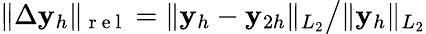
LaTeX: \| \Delta\mathbf{y}_{h}\| _{\mathrm{{~r~e~l~}}}={\| \mathbf{y}_{h}-\mathbf{y}_{2h}\| _{L_{2}}}\big/{\| \mathbf{y}_{h}\| _{L_{2}}}